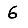
Digit: 6